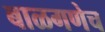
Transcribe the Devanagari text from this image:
बाळगणेच